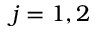
j = 1 , 2